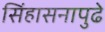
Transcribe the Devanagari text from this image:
सिंहासनापुढे